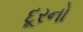
દૂરનો